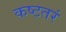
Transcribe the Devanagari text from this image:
कष्टतरं